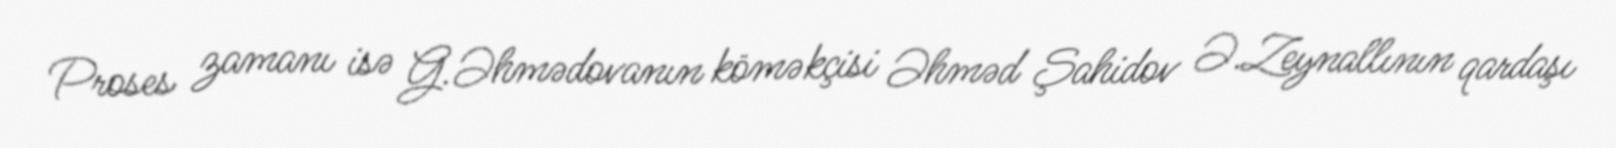
Proses zamanı isə G.Əhmədovanın köməkçisi Əhməd Şahidov Ə.Zeynallının qardaşı